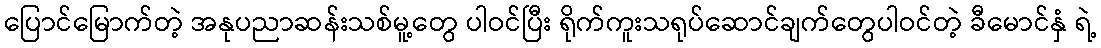
ပြောင်မြောက်တဲ့ အနုပညာဆန်းသစ်မူ့တွေ ပါဝင်ပြီး ရိုက်ကူးသရုပ်ဆောင်ချက်တွေပါဝင်တဲ့ ခီမောင်နှံ ရဲ့